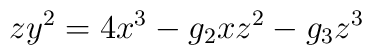
zy^2 = 4x^3 - g_2 x z^2 - g_3 z^3